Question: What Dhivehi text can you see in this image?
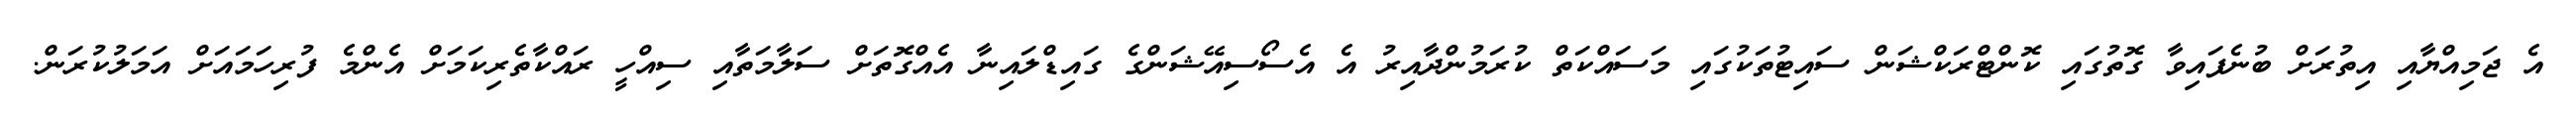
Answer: އެ ޖަމިއްޔާއި އިތުރަށް ބުނެފައިވާ ގޮތުގައި ކޮންޓްރަކްޝަން ސައިޓުތަކުގައި މަސައްކަތް ކުރަމުންދާއިރު އެ އެސޯސިއޭޝަންގެ ގައިޑްލައިނާ އެއްގޮތަށް ސަލާމަތާއި ސިއްހީ ރައްކާތެރިކަމަށް އެންމެ ފުރިހަމައަށް އަމަލުކުރަން.